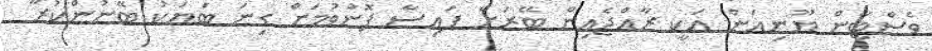
ވެސްޓާން ޔޫނިއަން އަކީ ރާއްޖެއިން ބޭރަށް ފައިސާ ފޮނުވުމަށް ގިނަ ބަޔަކު ބޭނުންކުރާ